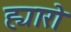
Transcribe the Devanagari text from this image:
ह्यारो